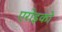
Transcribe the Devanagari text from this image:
एरोइको